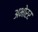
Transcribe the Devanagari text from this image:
अभोरर